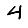
Digit: 4